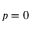
p = 0